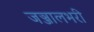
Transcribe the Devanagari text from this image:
जञ्जालभरी